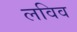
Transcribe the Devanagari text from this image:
लविव